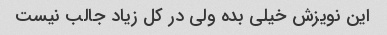
این نویزش خیلی بده ولی در کل زیاد جالب نیست